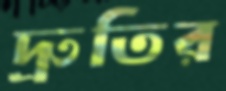
দ্রুতির